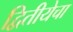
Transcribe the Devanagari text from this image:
द्वितीयेचा